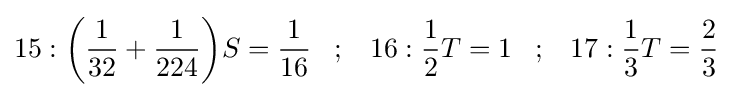
15:{\bigg (}{\frac {1}{32}}+{\frac {1}{224}}{\bigg )}S={\frac {1}{16}}\;\;\;;\;\;\;16:{\frac {1}{2}}T=1\;\;\;;\;\;\;17:{\frac {1}{3}}T={\frac {2}{3}}